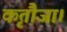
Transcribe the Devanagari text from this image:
कृतौजा।